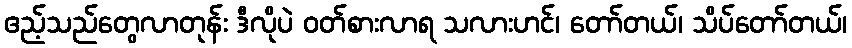
ဧည့်သည်တွေလာတုန်း ဒီလိုပဲ ဝတ်စားလာရ သလားဟင်၊ တော်တယ်၊ သိပ်တော်တယ်၊